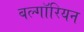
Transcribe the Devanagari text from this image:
बल्गॉरियन